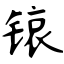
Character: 锿